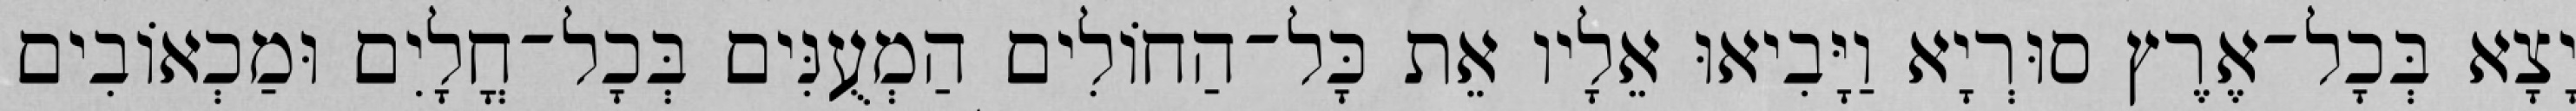
יָצָא בְּכָל־אֶרֶץ סוּרְיָא וַיָּבִיאוּ אֵלָיו אֵת כָּל־הַחוֹלִים הַמְעֻנִּים בְּכָל־חֳלָיִם וּמַכְאוֹבִים